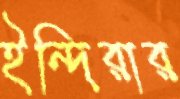
ইন্দিরার